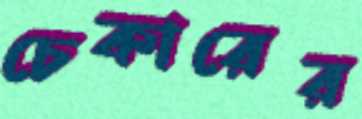
চেকারের